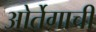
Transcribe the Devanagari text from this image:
ओर्तेगाची